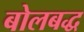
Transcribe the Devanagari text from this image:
बोलबद्ध